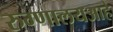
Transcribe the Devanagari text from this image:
रुग्णालयआहे